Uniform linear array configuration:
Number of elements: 16
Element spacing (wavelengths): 0.75
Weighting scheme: exponential
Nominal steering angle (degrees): -30
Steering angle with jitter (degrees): -30.549
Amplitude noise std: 0.05
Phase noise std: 0.05

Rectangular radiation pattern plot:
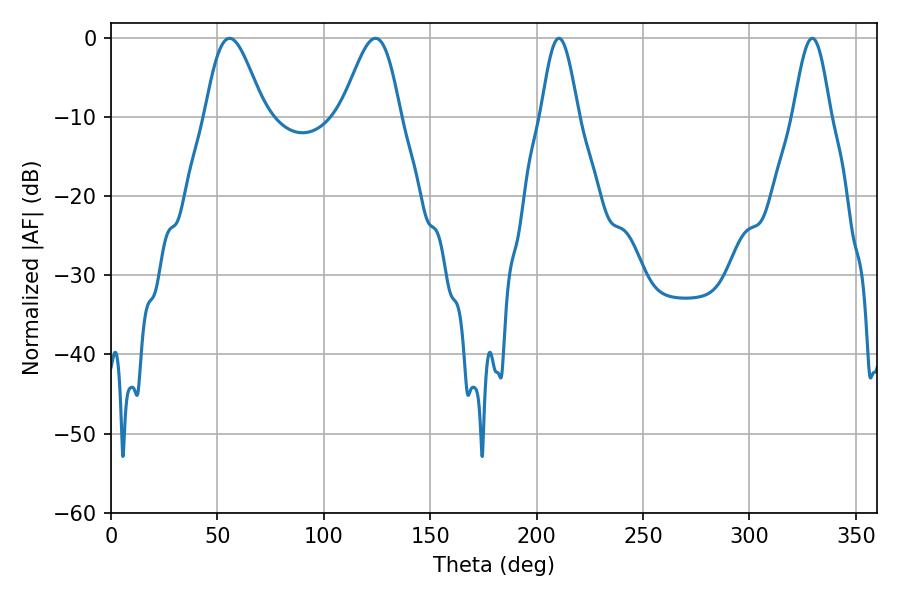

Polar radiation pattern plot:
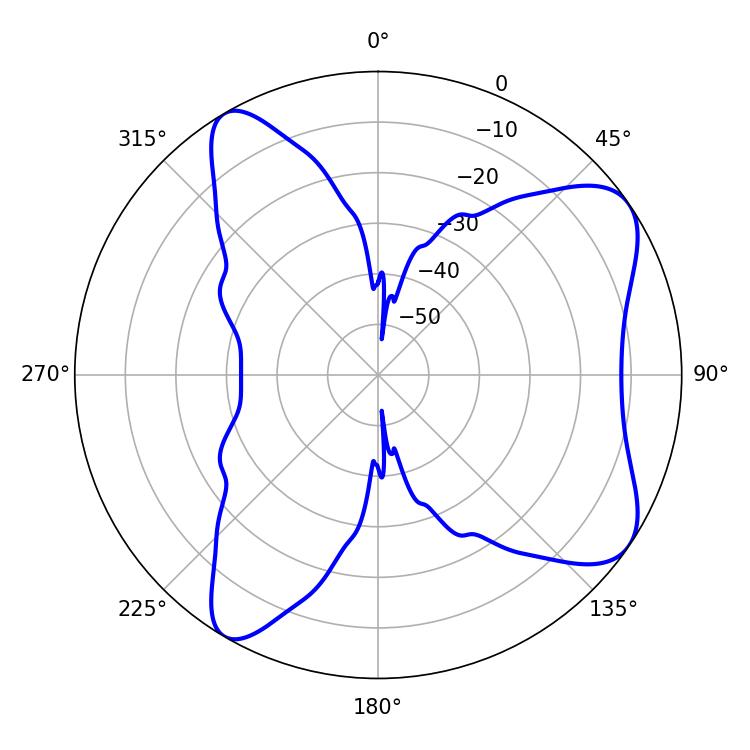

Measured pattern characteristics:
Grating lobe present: TRUE
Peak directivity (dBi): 7.834
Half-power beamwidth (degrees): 9.36
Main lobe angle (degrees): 210.42